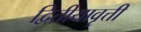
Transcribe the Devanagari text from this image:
द्वितीयावृत्ती